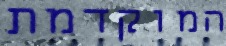
המוקדמת